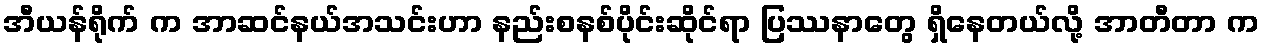
အီယန်ရိုက် က အာဆင်နယ်အသင်းဟာ နည်းစနစ်ပိုင်းဆိုင်ရာ ပြဿနာတွေ ရှိနေတယ်လို့ အာတီတာ က